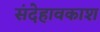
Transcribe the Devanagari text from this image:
संदेहावकाश